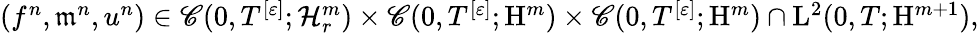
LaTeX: \begin{array}{r}{(f^{n},\mathfrak{m}^{n},u^{n})\in\mathscr{C}(0,T^{[\varepsilon]};\mathcal{H}_{r}^{m})\times\mathscr{C}(0,T^{[\varepsilon]};\mathrm{H}^{m})\times\mathscr{C}(0,T^{[\varepsilon]};\mathrm{H}^{m})\cap\mathrm{L}^{2}(0,T;\mathrm{H}^{m+1}),}\end{array}